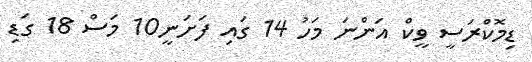
ޑިމޮކްރަސީ ވީކް އަންނަ މަހު 14 ގައި ފަށަނީ10 މަސް 18 ގަޑި